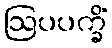
ဩပပက္ခိံ